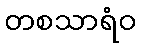
တစသာရံဝ